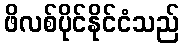
ဖိလစ်ပိုင်နိုင်ငံသည်